Vaccination in the Punjab 1919-1929 - 1919-1929
Year: 1919
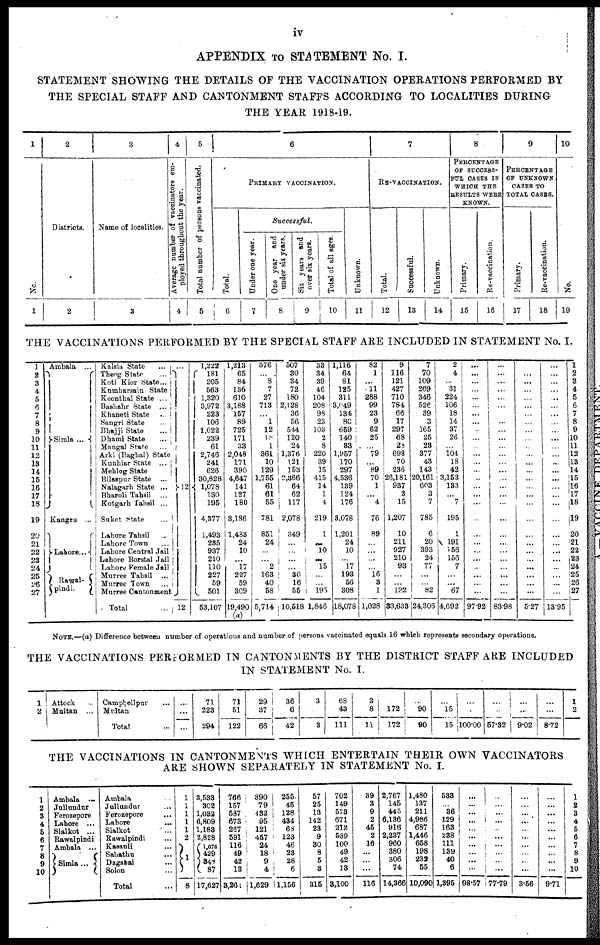
iv
APPENDIX TO STATEMENT No. I.
STATEMENT SHOWING THE DETAILS OF THE VACCINATION OPERATIONS PERFORMED BY
THE SPECIAL STAFF AND CANTONMENT STAFFS ACCORDING TO LOCALITIES DURING
THE YEAR 1918-19.
1
No.
1
2
Districts.
2
3
Name of localities.
3
4
Average number of vaccinators em-
ployed throughout the year.
4
5
Total number of persons vaccinated.
5
6
PRIMARY VACCINATION.
Successful.
Total.
6
Under one year.
7
One year and
under six years.
8
Six years and
over six years
9
Total of ages.
10
7
RE-VACCINATION
Unknown.
11
Total.
12
Successful.
13
8
PERCENTAGE
OF SUCCESS-
FUL CASES IN
WHICH THE
RESULTS WERE
KNOWN
Unknown.
14
Primary
15
9
PERCENTAGE
OF UNKNOWN
CASES TO
TOTAL CASES.
Re-vaccination
16
Primary.
17
Re-Vaccination.
18
10
No.
19
THE VACCINATIONS PERFORMED BY THE SPECIAL STAFF ARE INCLUDED IN STATEMENT No. I.
1
2
3
4
5
6
7
8
9
10
11
12
18
14
15
16
17
18
19
20
21
22
23
24
25
26
27
Ambala ...
Simla ...
Kangra ...
Lahore...
Rawal-
pindi.
Kalsia State ...
Theog State ...
Koti Kior State...
Kumharsain State
Keonthal State ...
Bashahr State ...
Khaneti State ...
Sangri State ...
Bhajji State ...
Dhami State ...
Mangal State ...
Arki (Baghal) State
Kunhiar State ...
Mehlog State ...
Bilaspur State ...
Nalagarh State ...
Bharoli Tahsil ...
Kotgarh Tahsil ...
Suket State ...
Lahore Tahsil ...
Lahore Town ...
Lahore Central Jail
Lahore Borstal Jail
Lahore Female Jail
Murree Tahsil ...
Murree Town ...
Murree Cantonment
Total ...
12
12
1,222
181
205
563
1,320
3,972
223
106
1,022
239
61
2,746
241
626
30,828
1,078
130
195
4,377
1,493
235
937
210
110
227
59
501
53,107
1,213
65
84
136
610
3,188
157
89
725
171
33
2,048
171
390
4,647
141
127
180
3,186
1,483
24
10
... 17
227
59
309
19,490
(a)
576
...
8
7
27
713
... 1
12
18
1
361
10
129
1,755
61
61
55
781
851
24
...
... 2
163
40
58
5,714
507
30
34
72
180
2,128
36
56
544
120
24
1,376
121
153
2,366
64
62
117
2,078
349
...
...
...
...
30
16
55
10,518
33
34
39
46
104
208
98
23
103
2
8
220
39
15
415
14
1
4
219
1
...
10
...
15
...
...
195
1,846
1,116
64
81
125
311
3,049
134
80
659
140
33
1,957
170
297
4,536
139
124
176
3,078
1,201
24
10
... 17
193
56
308
18,078
82
1
... 11
288
99
23
9
62
25
... 79
... 89
70
1
... 4
76
89
...
...
...
...
16
3
1
1,028
9
116
121
427
710
784
66
17
297
68
28
698
70
236
26,181
937
3
15
1,207
10
211
927
210
93
...
... 192
33,633
7
70
109
269
346
526
39
3
165
25
23
377
43
143
20,161
603
3
7
785
6
20
393
24
77
...
... 82
24,306
2
4
... 31
224
106
18
14
37
26
... 104
18
42
3,153
133
... 7
195
1
191
156
156
7
...
... 67
4,692
...
...
...
...
...
...
...
...
...
...
...
...
...
...
...
...
...
...
...
...
...
...
...
...
...
...
...
97.92
...
...
...
...
...
...
...
...
...
...
...
...
...
...
...
...
...
...
...
...
...
...
...
...
...
...
...
83.98
...
...
...
...
...
...
...
...
...
...
...
...
...
...
...
...
...
...
...
...
...
...
...
...
...
...
...
5.27
...
...
...
...
...
...
...
...
...
...
...
...
...
...
...
...
...
...
...
...
...
...
...
...
...
...
...
13.95
1
2
3
4
5
6
7
8
9
10
11
12
13
14
15
16
17
18
19
20
21
22
23
24
25
26
27
NOTE.—(a) Difference between number of operations and number of persons vaccinated equals 16 which represents secondary operations.
THE VACCINATIONS PERFORMED IN CANTONMENTS BY THE DISTRICT STAFF ARE INCLUDED
IN STATEMENT No. I.
1
2
Attock ...
Multan ...
Campbellpur ...
Multan ...
Total ...
...
...
...
71
223
294
71
51
122
29
37
66
36
6
42
3
3
68
43
111
3
8
11
...
172
172
...
90
90
...
15
15
...
...
100.00
...
...
57.32
...
...
9.02
...
...
8.72
1
2
THE VACCINATIONS IN CANTONMENTS WHICH ENTERTAIN THEIR OWN VACCINATORS
ARE SHOWN SEPARATELY IN STATEMENT No. I.
1
2
3
4
5
6
7
8
9
10
Ambala ...
Jullundur
Ferozepore
Lahore ...
Sialkot ...
Rawalpindi
Ambala ...
Simla...
Ambala ...
Jullundur ...
Ferozepore ...
Lahore ...
Sialkot ...
Rawalpindi ...
Kasanli ...
Sabatbu ...
Dagsbai ...
Solon ...
Total ...
1
1
1
1
1
2
1
8
3,533
302
1,032
6,809
1,183
2,828
1,076
429
348
87
17,627
766
157
587
673
267
591
116
49
42
13
3,261
390
79
432
95
121
457
24
18
9
4
1,629
255
45
128
434
68
123
46
23
28
6
11,156
57
25
13
142
23
9
80
8
5
3
315
702
149
573
671
212
589
100
49
42
13
3,100
39
3
9
2
45
2
16
... ...
...
116
2,767
145
445
6,136
916
2,237
960
380
306
74
14,366
1,480
137
211
4,986
687
1,446
658
198
232
55
10,090
533
... 36
129
163
238
111
139
40
6
1,395
...
...
...
...
...
...
...
...
...
...
98.57
...
...
...
...
...
...
...
...
...
...
77.79
...
...
...
...
...
...
...
...
...
...
3.56
...
...
...
...
...
...
...
...
...
...
9.71
1
2
3
4
5
6
7
8
9
10